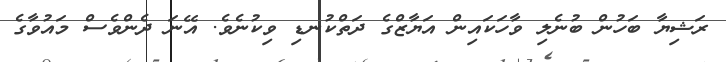
ރަޝިޔާ ބަހުން ބުނެލި ވާހަކައިން އަޔާޒްގެ ދަތްކުނޑި ވިކުނެވެ. އޭނަ ދެންވެސް މައުވާގެ